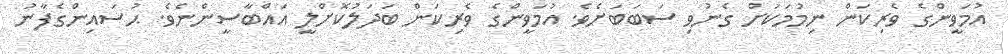
އުމަވީންގެ ވެރިކަން ނިމުމަކަށް ގެނުވި ސަބަބަށެވެ. އުމަވީންގެ ވެރިކަން ބަދަލުކޮށްލީ އައްބާސީންނެވެ. ޙުސައިންގެފާނު